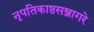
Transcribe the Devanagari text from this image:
नृपतिकाष्ठसञ्जागरे